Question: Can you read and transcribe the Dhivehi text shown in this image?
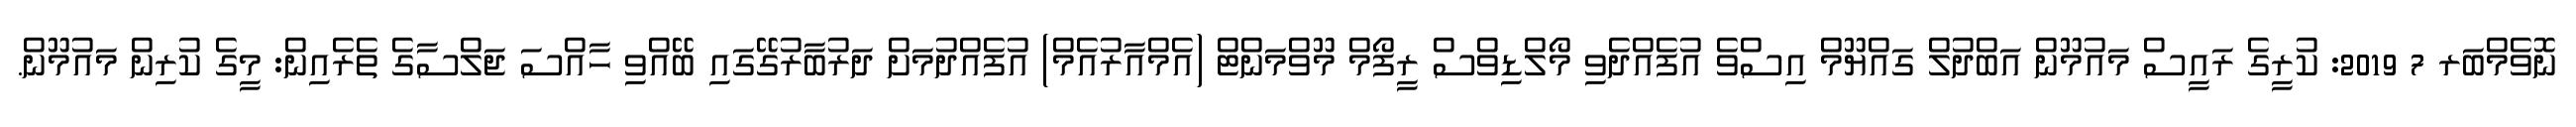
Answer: ނޮވެމްބަރ 7 2019: ކުރީގެ ރައީސް މައުމޫން އަބްދުލް ގައްޔޫމް އިސްވެ އުފެއްދެވި މޯލްޑިވްސް ރީފޯމް މޫވްމަންޓް (އެމްއާރުއެމް) އުފެއްދުމަށް ދަރުބާރުގޭގައި ބޭއްވި ހާއްސަ ޖަލްސާގެ ތެރެއިން: މީގެ ކުރިން މައުމޫން.